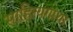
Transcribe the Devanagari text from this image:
साहित्यगाथा